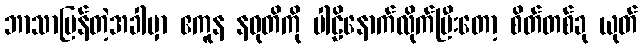
ဘာသာပြန်တဲ့အခါမှာ ဧကူန နဝုတိကို ပါဠိနောက်လိုက်ပြီးတော့ စိတ်တစ်ခု ယုတ်